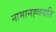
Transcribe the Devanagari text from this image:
नामानह्वयति